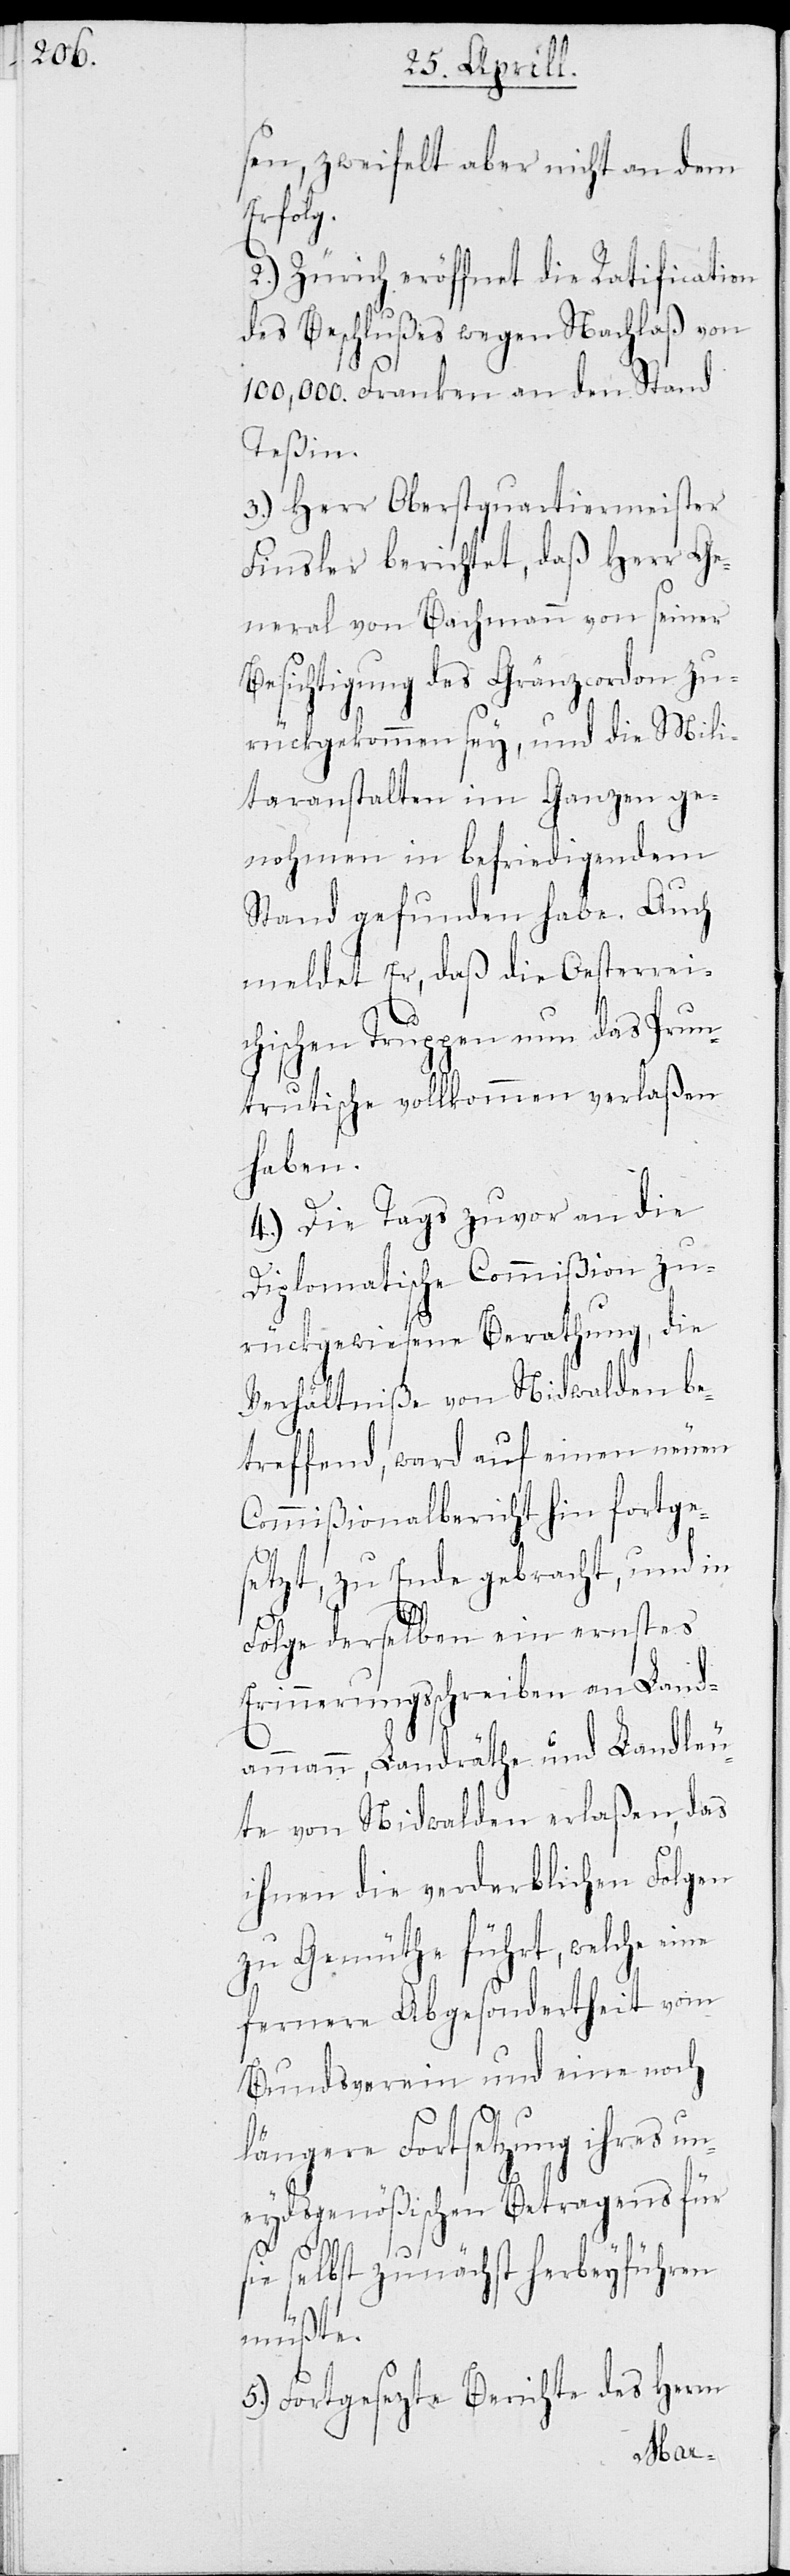
s¬
sen, zweifelt aber nicht an dem
Erfolg.
2.) Zürich eröffnet die Ratification
des Beschlußes wegen Nachlaß von
100,000. Franken an den Stand
Teßin.
3.) Herr Oberstquartiermeister
Finsler berichtet, daß Herr Ge¬
neral von Bachmann von seiner
Besichtigung des Gränzcordon zu¬
rückgekommen sey, und die Mili¬
taranstalten im Ganzen ge¬
nohmen in befriedigendem
Stand gefunden habe. Auch
meldet Er, daß die Oesterrei¬
chischen Truppen nun das Prun¬
trutische vollkommen verlaßen
haben.
4.) Die Tags zuvor an die
Diplomatische Commißion zu¬
rückgewiesene Berathung, die
Verhätniße von Nidwalden be¬
treffend, ward auf einen neuen
Commißionalbericht hin fortge¬
setzt, zu Ende gebracht, und in
Folge derselben ein ernstes
Erinnerungsschreiben an Land¬
ammann, Landräthe und Landleu¬
te von Nidwalden erlaßen, das
ihnen die verderblichen Folgen
zu Gemüthe führt, welche eine
fernere Abgesondertheit vom
Bundesverein und eine noch
längere Fortsetzung ihres un¬
eydsgenößischen Betragens für
ie selbst zunächst herbeyführen
müßte.
5.) Fortgesetzte Berichte der Herrn